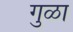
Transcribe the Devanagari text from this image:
गुळा